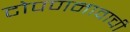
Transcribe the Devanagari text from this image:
टोपणनावाची